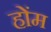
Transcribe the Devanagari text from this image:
होंम